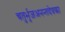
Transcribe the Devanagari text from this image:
चतुर्भुजअनन्तदेवका